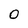
Character: O